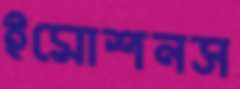
ইমোশনস